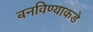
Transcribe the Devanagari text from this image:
बनविण्याकडे